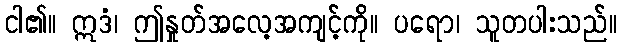
ငါ၏။ ဣဒံ၊ ဤနှုတ်အလေ့အကျင့်ကို။ ပရော၊ သူတပါးသည်။